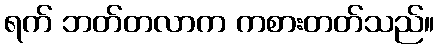
ရက် ဘတ်တလာက ကစားတတ်သည်။